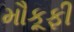
મૌકૂફી